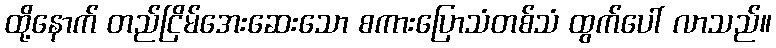
ထို့နောက် တည်ငြိမ်အေးဆေးသော စကားပြောသံတစ်သံ ထွက်ပေါ် လာသည်။